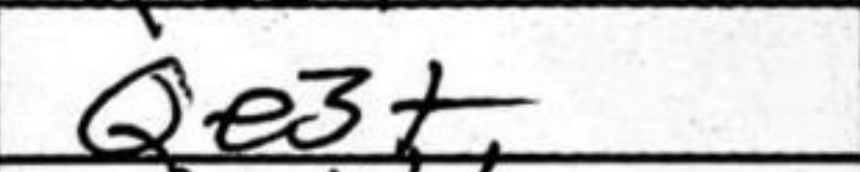
Transcription: Qe3+